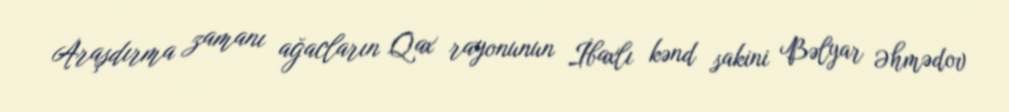
Araşdırma zamanı ağacların Qax rayonunun İbaxlı kənd sakini Bəlyar Əhmədov